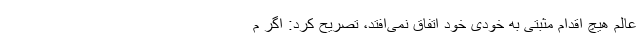
عالم هیچ اقدام مثبتی به خودی خود اتفاق نمی‌افتد، تصریح کرد: اگر م